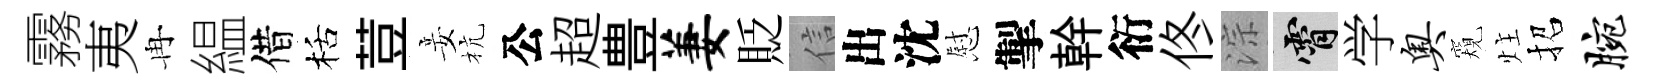
霧夷冉緼借栝荳妾杭公超豊萋貶信出沈慰掣幹衍佟淙霄学奥窺炷招腕